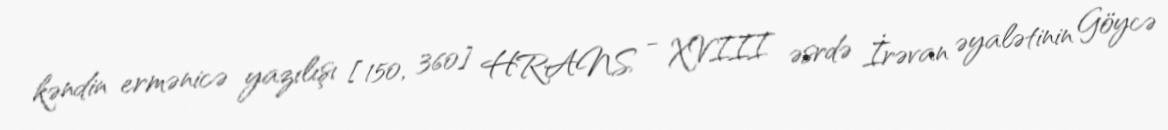
kəndin ermənicə yazılışı [150, 360] HRANS - XVIII əsrdə İrəvan əyalətinin Göycə